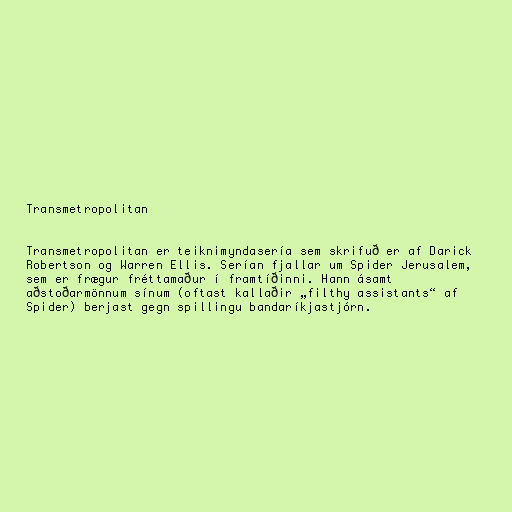
Transmetropolitan

Transmetropolitan er teiknimyndasería sem skrifuð er af Darick
Robertson og Warren Ellis. Serían fjallar um Spider Jerusalem,
sem er frægur fréttamaður í framtíðinni. Hann ásamt
aðstoðarmönnum sínum (oftast kallaðir „filthy assistants“ af
Spider) berjast gegn spillingu bandaríkjastjórn.